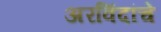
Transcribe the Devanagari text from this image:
अरविंदांचे